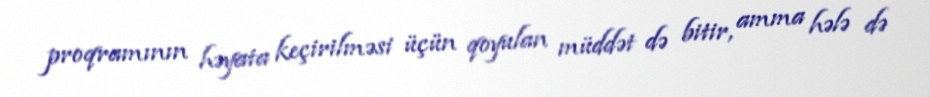
proqramının həyata keçirilməsi üçün qoyulan müddət də bitir, amma hələ də